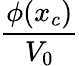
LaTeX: \frac{\phi(x_{c})}{V_{0}}